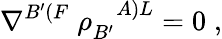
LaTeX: \nabla^{B^{\prime}(F}\; \rho_{B^{\prime}}^{\; \; \; A)L}=0\; ,